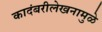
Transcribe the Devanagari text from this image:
कादंबरीलेखनामुळे